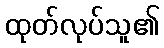
ထုတ်လုပ်သူ၏